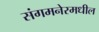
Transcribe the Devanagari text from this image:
संगमनेरमधील